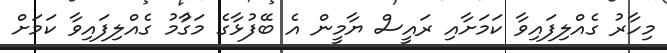
މިހާރު ގެއްލިފައިވާ ކަމަށާއި ރައީސް ޔާމީން އެ ބޭފުޅާގެ މަގާުމު ގެއްލިފައިވާ ކަމަށް